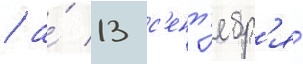
/ а́ 13 с'ент'ябр'я́